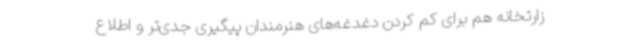
زارتخانه هم برای کم کردن دغدغه‌های هنرمندان پیگیری جدی‌تر و اطلاع